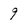
Character: 9